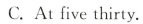
C. At five thirty.